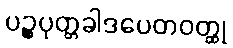
ပဉ္စပုတ္တခါဒပေတဝတ္ထု